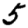
Digit: 5